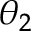
\theta _ { 2 }